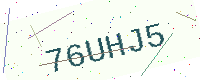
Text: 76UHJ5